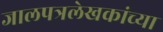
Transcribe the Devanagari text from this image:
जालपत्रलेखकांच्या